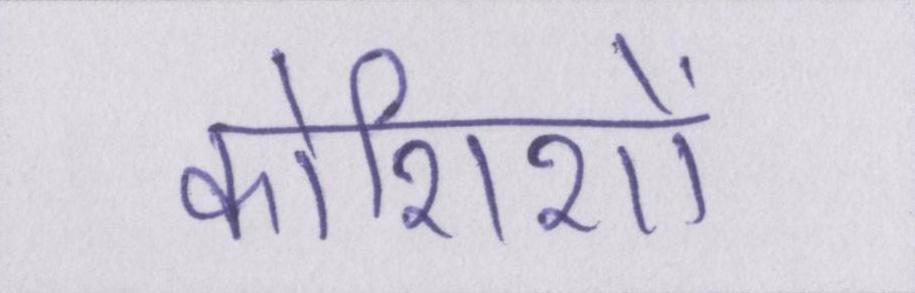
कोशिशों